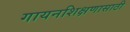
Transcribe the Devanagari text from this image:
गायनशिक्षणासाठी